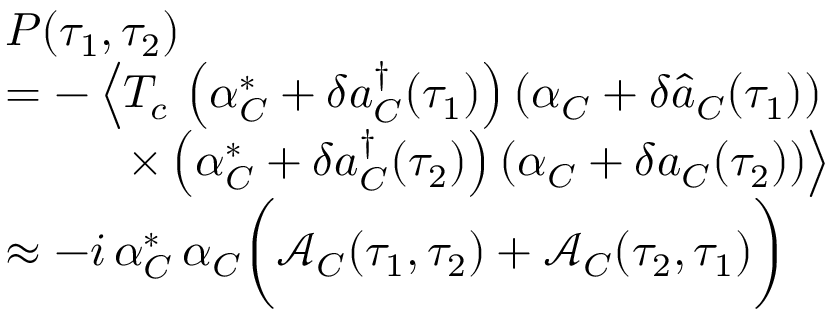
\begin{array} { r l } & { P ( \tau _ { 1 } , \tau _ { 2 } ) } \\ & { = - \left\langle T _ { c } \, \left( \alpha _ { C } ^ { * } + \delta a _ { C } ^ { \dagger } ( \tau _ { 1 } ) \right) \left( \alpha _ { C } + \delta \hat { a } _ { C } ( \tau _ { 1 } ) \right) \right. } \\ & { \qquad \, \, \, \left. \times \left( \alpha _ { C } ^ { * } + \delta a _ { C } ^ { \dagger } ( \tau _ { 2 } ) \right) \left( \alpha _ { C } + \delta a _ { C } ( \tau _ { 2 } ) \right) \right\rangle } \\ & { \approx - i \, \alpha _ { C } ^ { * } \, \alpha _ { C } \bigg ( \mathcal { A } _ { C } ( \tau _ { 1 } , \tau _ { 2 } ) + \mathcal { A } _ { C } ( \tau _ { 2 } , \tau _ { 1 } ) \bigg ) } \end{array}